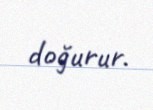
doğurur.